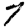
Digit: 7